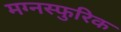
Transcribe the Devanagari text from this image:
मग्नस्फुरिक